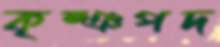
কৃষ্ঞপদ